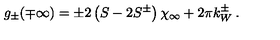
g _ { \pm } ( \mp \infty ) = \pm 2 \left( S - 2 S ^ { \pm } \right) \chi _ { \infty } + 2 \pi k _ { W } ^ { \pm } \: .